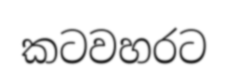
කටවහරට